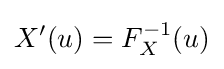
X'(u)=F_{X}^{-1}(u)